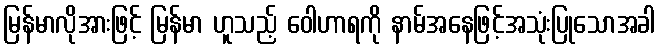
မြန်မာလိုအားဖြင့် မြန်မာ ဟူသည့် ဝေါဟာရကို နာမ်အနေဖြင့်အသုံးပြုသောအခါ